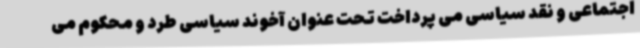
اجتماعی و نقد سیاسی می پرداخت تحت عنوان آخوند سیاسی طرد و محکوم می